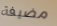
مضيفة